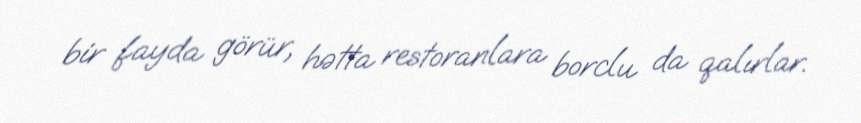
bir fayda görür, hətta restoranlara borclu da qalırlar.